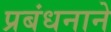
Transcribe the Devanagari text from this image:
प्रबंधनाने